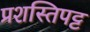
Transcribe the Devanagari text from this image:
प्रशस्तिपट्ट